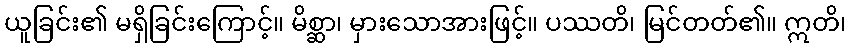
ယူခြင်း၏ မရှိခြင်းကြောင့်။ မိစ္ဆာ၊ မှားသောအားဖြင့်။ ပဿတိ၊ မြင်တတ်၏။ ဣတိ၊